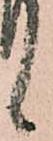
候